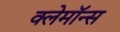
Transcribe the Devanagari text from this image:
क्लेमॉन्स